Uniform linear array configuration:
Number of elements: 64
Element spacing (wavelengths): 1
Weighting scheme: binomial
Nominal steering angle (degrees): -45
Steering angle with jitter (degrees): -46.733
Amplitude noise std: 0.05
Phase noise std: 0.05

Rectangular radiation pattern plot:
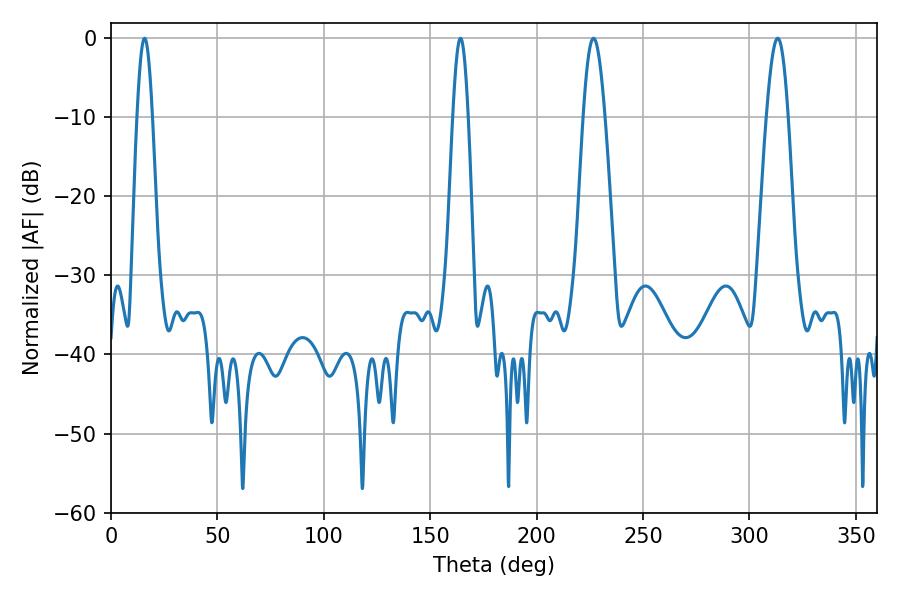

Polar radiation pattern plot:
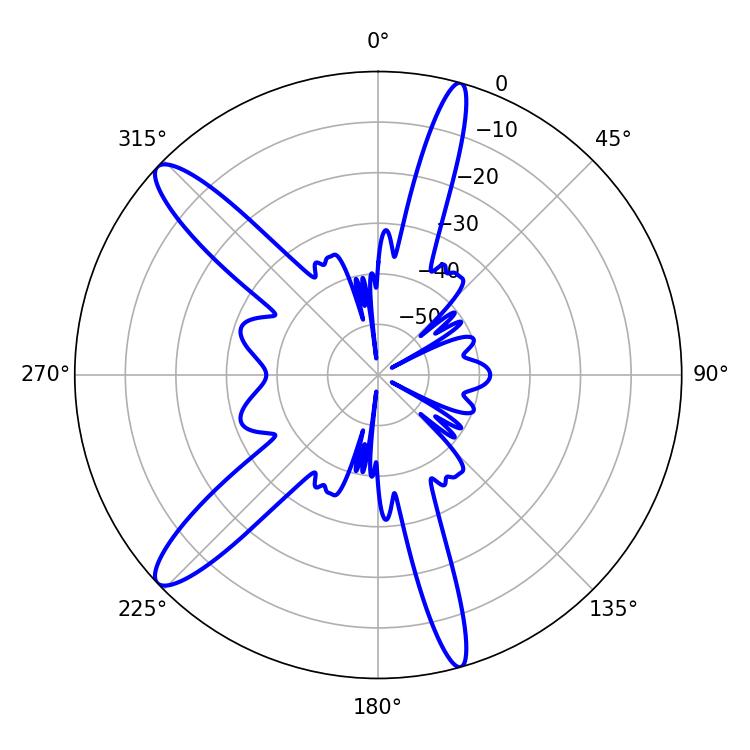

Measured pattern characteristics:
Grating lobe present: TRUE
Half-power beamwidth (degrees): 5.4
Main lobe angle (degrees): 226.8